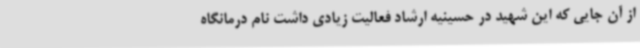
از آن جایی که این شهید در حسینیه ارشاد فعالیت زیادی داشت نام درمانگاه